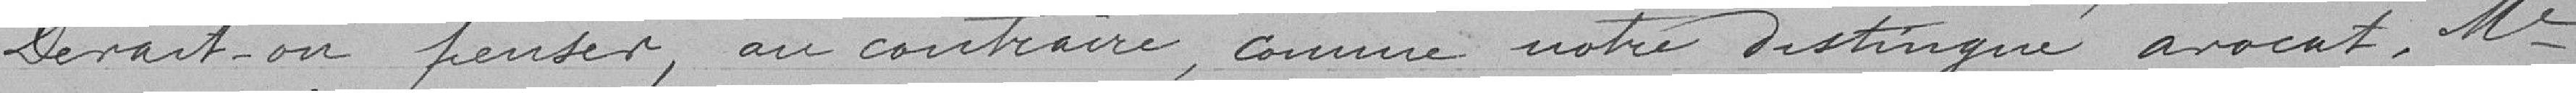
Devrait-on penser, au contraire, comme notre distingué avocat, Me